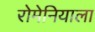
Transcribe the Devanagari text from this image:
रोमेनियाला